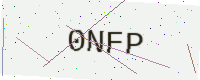
Text: 0NFP